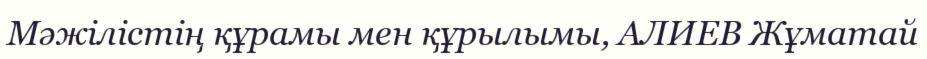
Мәжілістің құрамы мен құрылымы, АЛИЕВ Жұматай